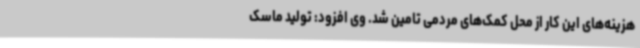
هزینه‌های این کار از محل کمک‌های مردمی تامین شد. وی افزود: تولید ماسک